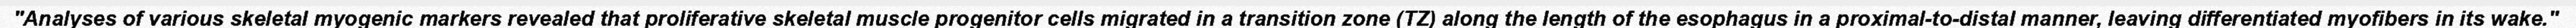
"Analyses of various skeletal myogenic markers revealed that proliferative skeletal muscle progenitor cells migrated in a transition zone (TZ) along the length of the esophagus in a proximal-to-distal manner, leaving differentiated myofibers in its wake."